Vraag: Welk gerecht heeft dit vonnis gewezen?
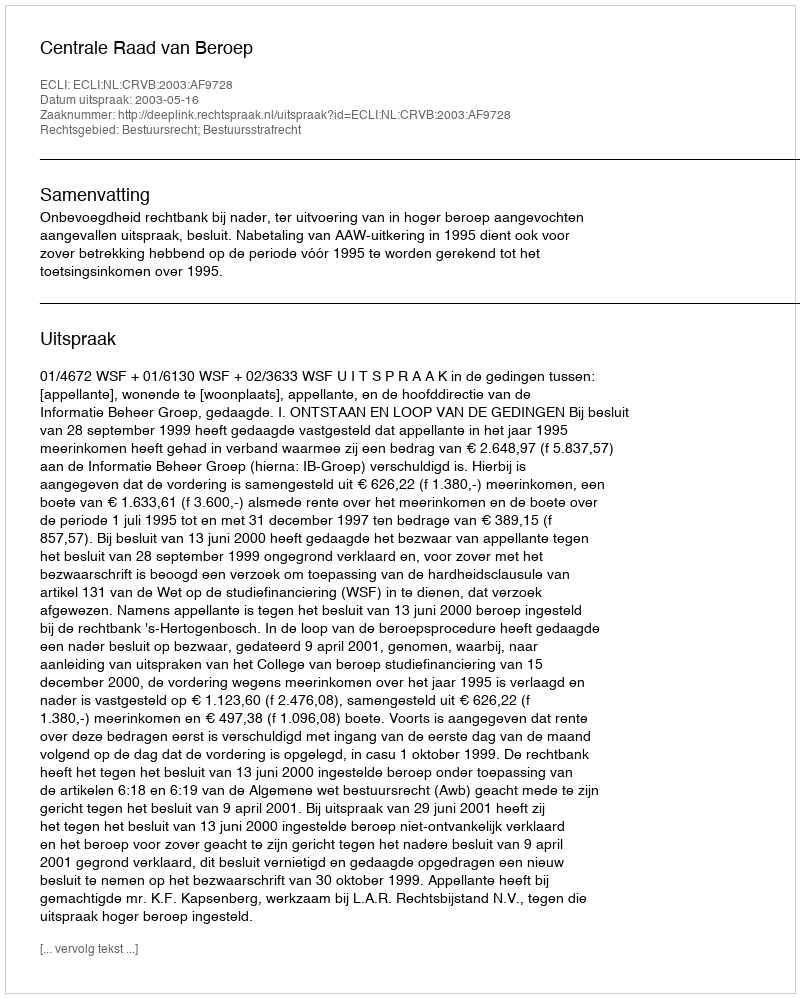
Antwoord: Centrale Raad van Beroep